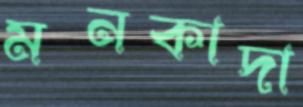
মনকাদা